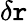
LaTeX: \delta\mathtt{r}